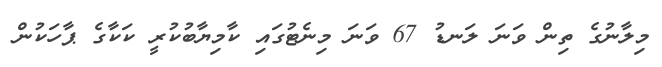
މިލާނުގެ ތިން ވަނަ ލަނޑު 67 ވަނަ މިނެޓުގައި ކާމިޔާބުކުރީ ކަކާގެ ޕާހަކުން